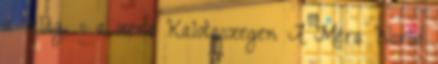
a világ, s a zene Kalotaszegen A Méra World